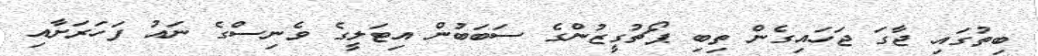
ބިތުގައި ޖާގަ ޖަހައިގެން ތިބި ޕޯޗުގީޒުންގެ ސަބަބުން އިޓަލީގެ ވެނިސްގެ ނައު ފަހަރަށާއި